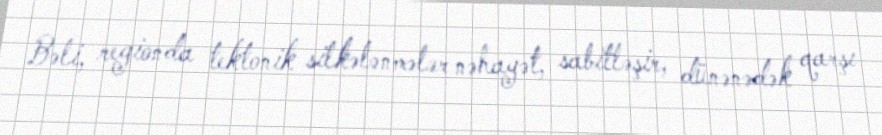
Bəli, regionda tektonik silkələnmələr nəhayət, sabitləşir, dünənədək qarşı